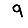
Digit: 9